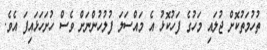
ތުހުމަތުކޮށް ޖުލައި މަހުގެ ފަހުކޮޅު އެ މައްސަލަ ފުލުހުންނަށް ވެސް ހުށަހަޅައިފަ އެވެ.